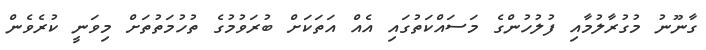
ގާނޫނު މުގުރާލުމާއި ފުލުހުންގެ މަސައްކަތުގައި އެއް އަތަކަށް ބުރަވުމުގެ ތުހުމަތުތަށް މިވަނީ ކުރެވެން